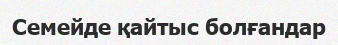
Семейде қайтыс болғандар